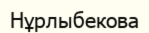
Нұрлыбекова